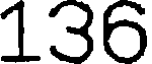
136